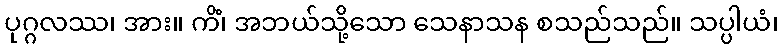
ပုဂ္ဂလဿ၊ အား။ ကိံ၊ အဘယ်သို့သော သေနာသန စသည်သည်။ သပ္ပါယံ၊